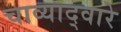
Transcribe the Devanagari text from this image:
चाव्याद्वारे